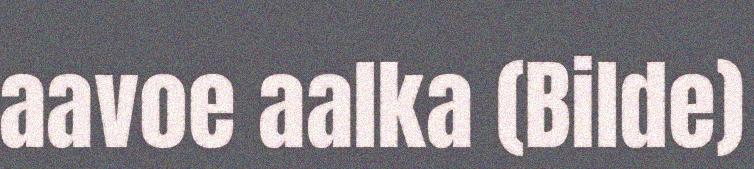
aavoe aalka (Bilde)